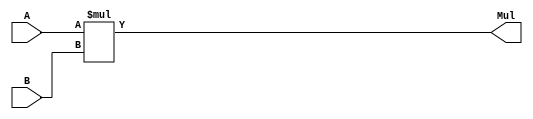
`timescale 1ns / 1ps
//////////////////////////////////////////////////////////////////////////////////
// Company: 
// Engineer: 
// 
// Design Name: 
// Module Name: Mul
// Project Name: 
// Target Devices: 
// Tool Versions: 
// Description: 
// 
// Dependencies: 
// 
// Revision:
// Revision 0.01 - File Created
// Additional Comments:
// 
//////////////////////////////////////////////////////////////////////////////////


module Mul(
    input [15:0] A,
    input [15:0] B,
    output[31:0] Mul
    );
assign Mul = A*B;
endmodule